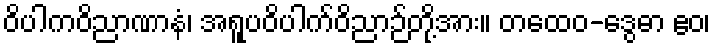
ဝိပါကဝိညာဏာနံ၊ အရူပဝိပါက်ဝိညာဉ်တို့အား။ တထေဝ-ဒွေဓာ ဧဝ၊